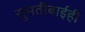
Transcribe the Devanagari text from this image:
सुमतीबाईही